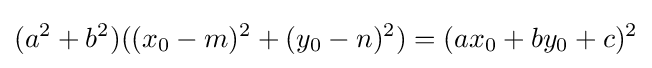
(a^{2}+b^{2})((x_{0}-m)^{2}+(y_{0}-n)^{2})=(ax_{0}+by_{0}+c)^{2}